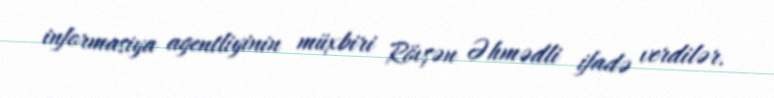
informasiya agentliyinin müxbiri Rövşən Əhmədli ifadə verdilər.